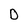
Character: D